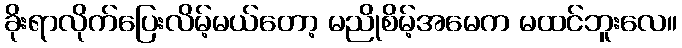
ခိုးရာလိုက်ပြေးလိမ့်မယ်တော့ မညိုစိမ့်အမေက မထင်ဘူးလေ။